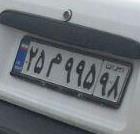
۲۵م۹۹۵۹۸